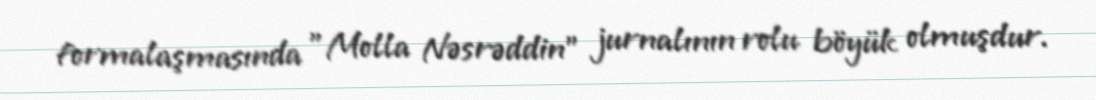
formalaşmasında "Molla Nəsrəddin" jurnalının rolu böyük olmuşdur.